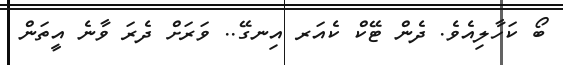
ބޯ ކަހާލިއެވެ. ދެން ޓޭކް ކެއަރ އިނގޭ.. ވަރަށް ދެރަ ވާނެ އީތަން